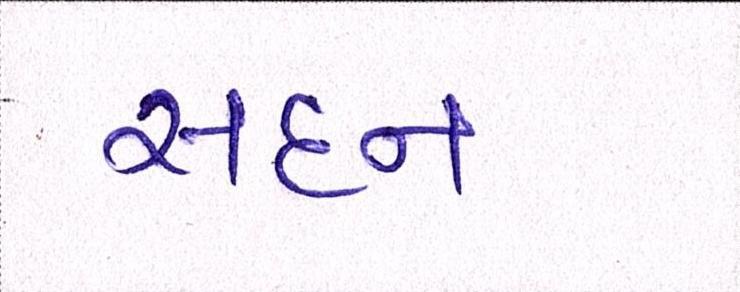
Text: સદન